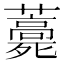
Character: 𧂎